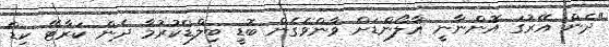
"ދެން އޭރުގަ އޮންނާނީ އާލޯންޑަށް ވާންވެގެން ބޮޑީ ބިލްޑްކުރުމާ ދެން ކަރާޓޭ ކިޑް